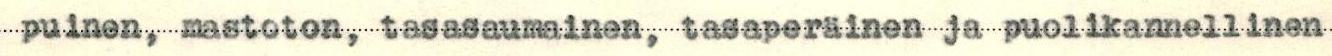
puinen, mastoton, tasasaumainen, tasaperäinen ja puolikannellinen